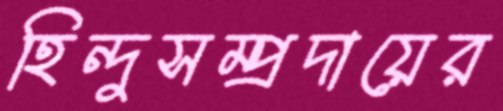
হিন্দুসম্প্রদায়ের